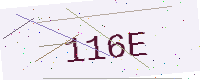
Text: 116E